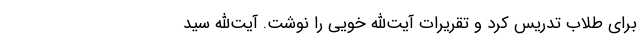
برای طلاب تدریس کرد و تقریرات آیت‌الله خویی را نوشت. آیت‌الله سید